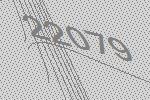
22079